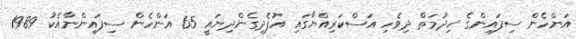
އަންހެން ސިފައިންގެ ޚިދުމަތް ދިވެހި އަސްކަރިއްޔާގައި އުފެދިގެންދިޔައީ 65 އަންހެން ސިފައިންނާއެކު 1989